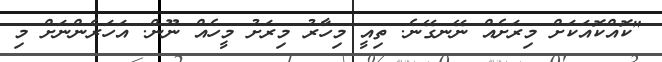
"ކޮއްކޮއަކަށް މިރަށެއް ނޭނގޭނެ. ތިއީ މިހާރު މިރަށު މީހެއް ނޫން. އަހަރެންނަށް މި